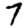
Digit: 7